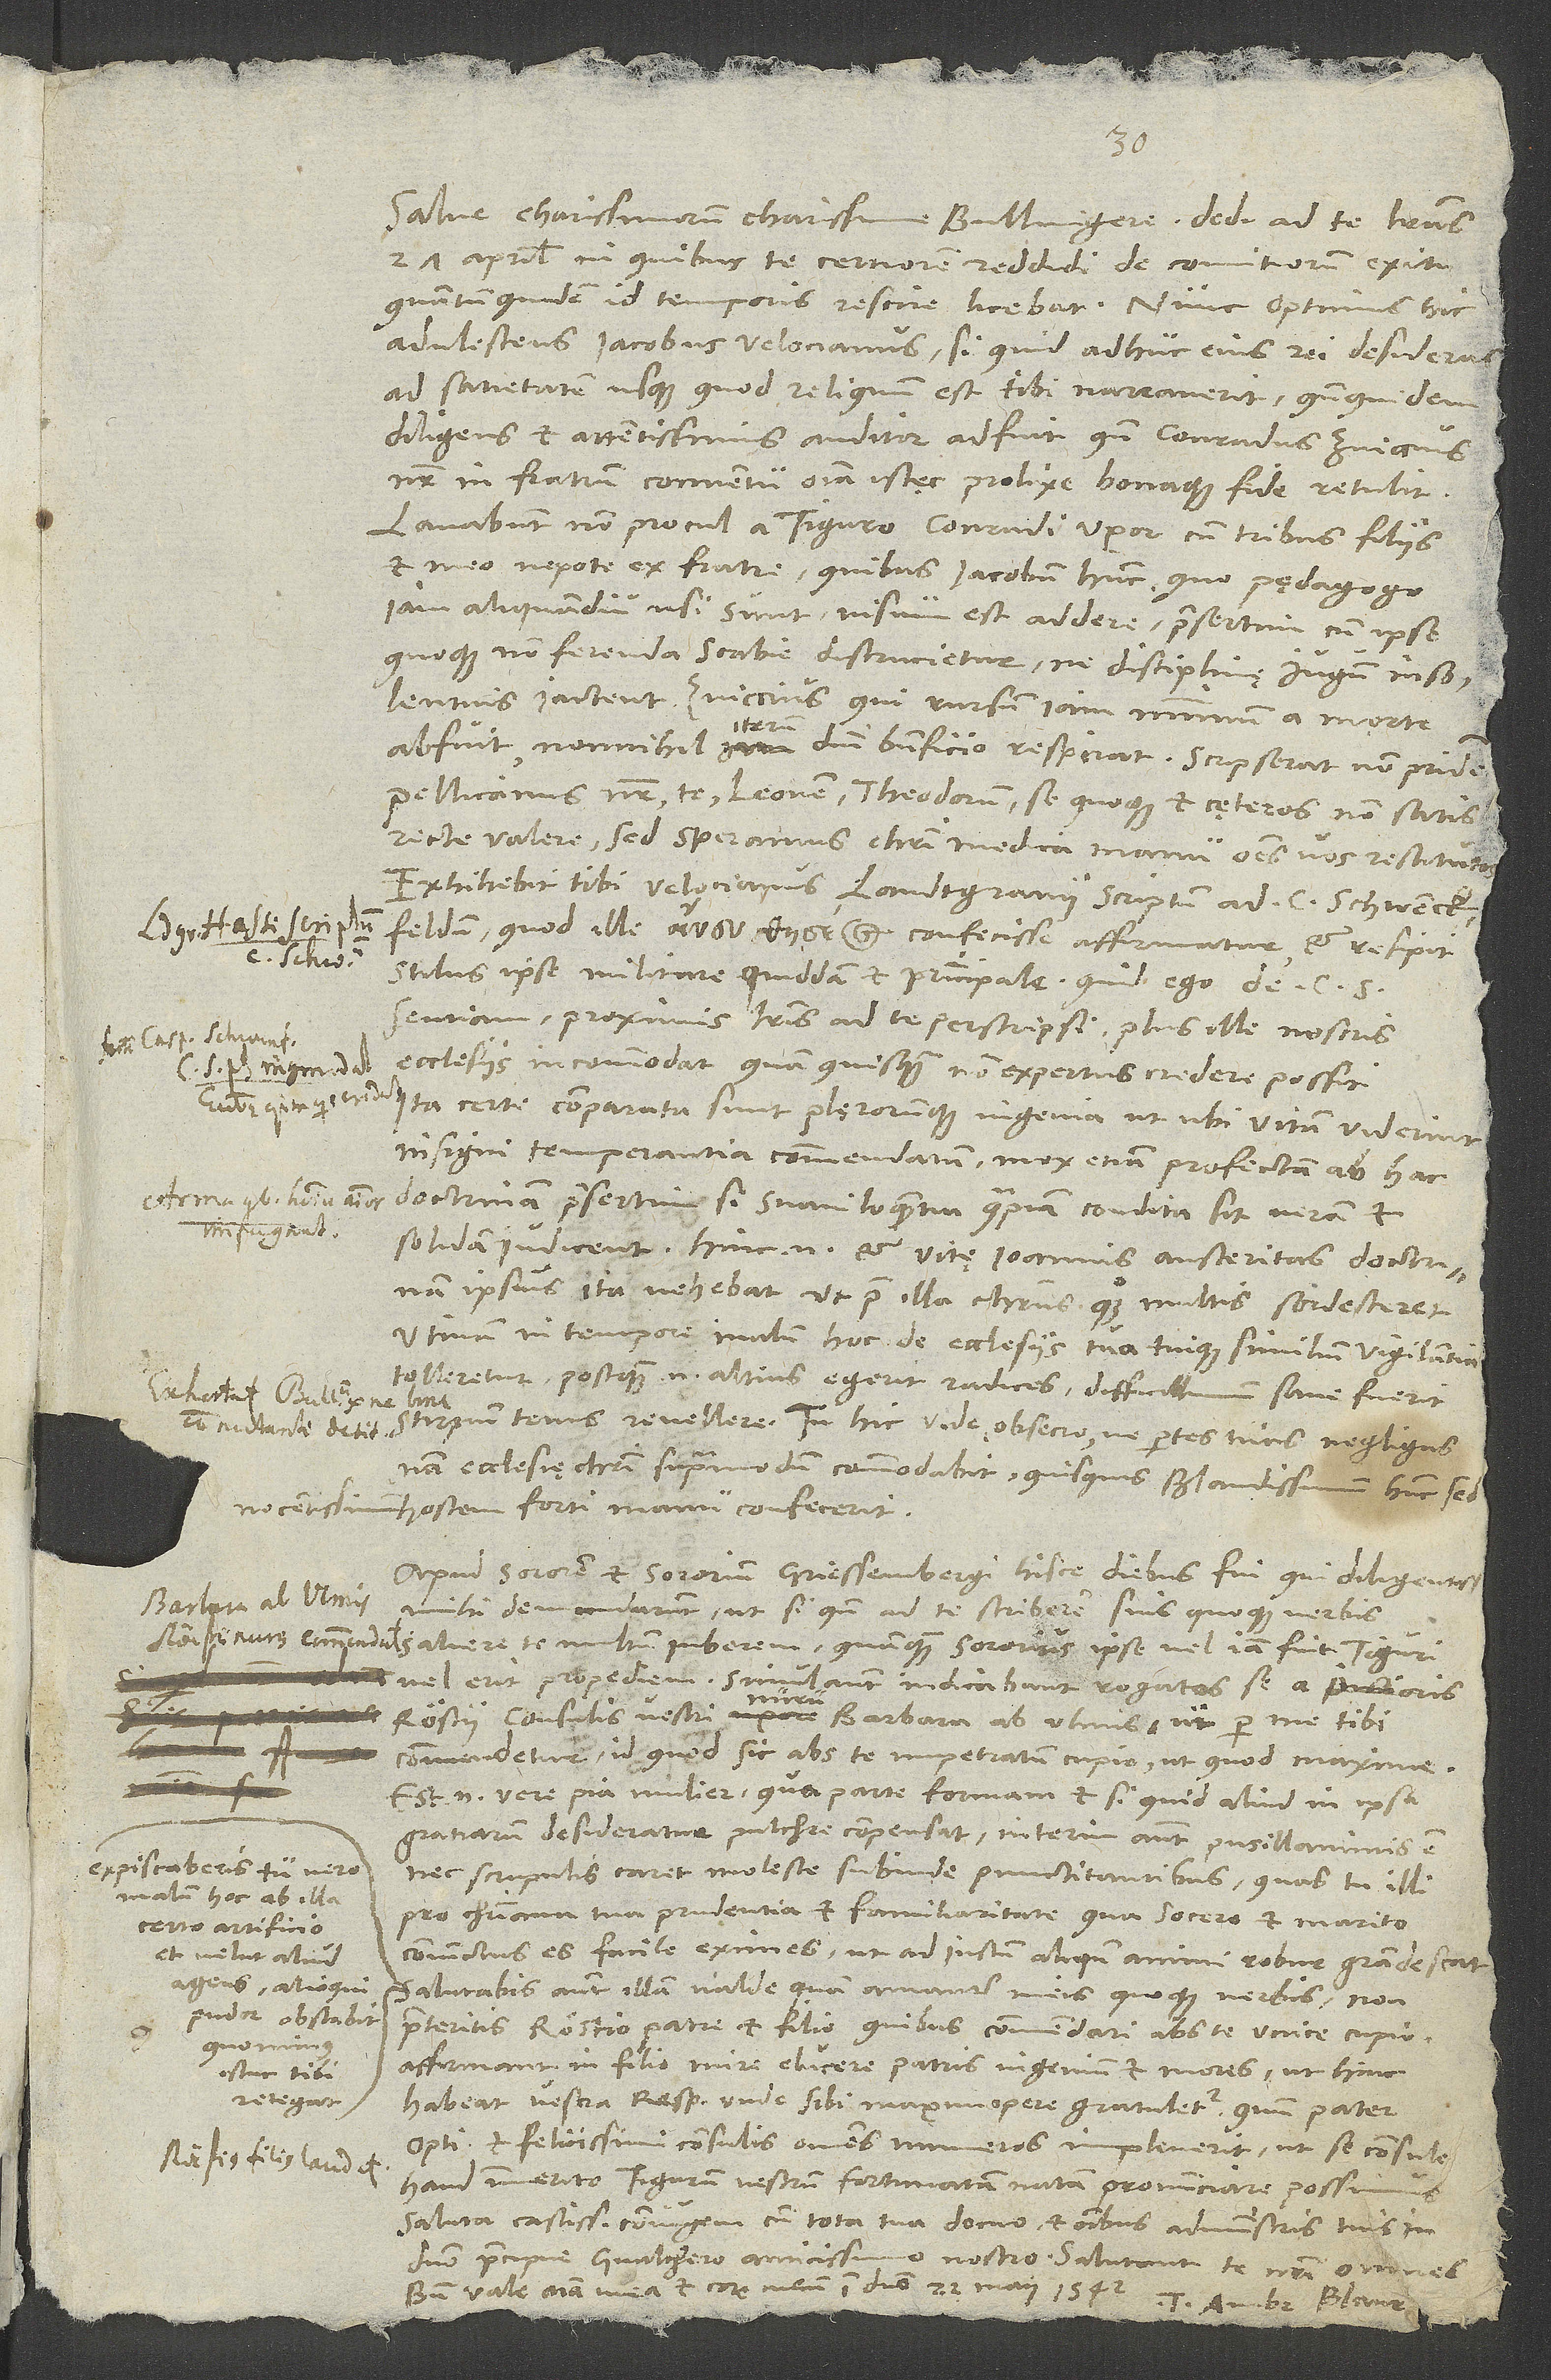
27. aprilis, in quibus te certiorem reddidi de comitiorum exitu,
quantum quidem id temporis rescire licebat. Nunc optimus hic
adulescens Iacobus Velocianus, si quid adhuc eius rei desideras,
ad satietatem usque, quod reliquum est, tibi narraverit, quandoquidem
diligens et attentissimus auditor adfuit, quum Conradus Zviccius
noster in fratrum conventu omnia istęc prolixe bonaque fide retulit.
Lavabunt non procul a Tiguro Conradi uxor cum tribus filiis
et meo nepote ex fratre, quibus Iacobum hunc, quo pędagogo
iam aliquamdiu usi sunt, visum est addere, praesertim cum ipse
quoque non ferenda scabie discrucietur, ne disciplinę iugum insolentius
abfuit, nonnihil iterum domini beneficio respirat. Scripserat non pridem
Pellicanus noster te, Leonem, Theodorum, se quoque et cęteros non satis
recte valere; sed speramus Christi medica manu omnes vos restitutos.
Exhibebit tibi Velocianus landtgravii scriptum ad C sentiam,
proximis literis ad te perscripsi. Plus ille nostris
ecclesiis incommodat, quam quisquam non expertus credere possit.
Ita certe comparata sunt plęrorumque ingenia, ut, ubi vitam viderint
insigni temperantia commendatam, mox etiam profectam ab hoc
doctrinam, praesertim si suaviloquentia quadam condita sit, veram et
solidam iudicent. Hinc enim et vitę Ioannis austeritas doctrinam
ipsius ita vehebat, ut prae illa Christus quoque multis sordesceret.
Utinam in tempore malum hoc de ecclesiis tua tuique similium vigilantia
tolleretur! Postquam enim altius egerit radices, difficillimum sane fuerit
stirpium tenus revellere. Tu hic vide, obsecro, ne partes tuas negligas;
nam ecclesię Christi supra modum commodabit, quisquis blandissimum hunc, sed
hostem forti manu confecerit.
Apud sororem et sororium Griessenbergi hisce diebus fui, qui diligentissime
mihi demandarunt, ut, si quando ad te scriberem, suis quoque verbis
salvere te multum iuberem, quamquam sororius ipse vel iam fuit Tiguri
vel erit propediem. Simul autem indicabant rogatos se a senioris
Röstii, consulis vestri, nuru Barbara ab Ulmis, ut per me tibi
commendetur, id quod sic abs te inpetratum cupio ut quod maxime;
est enim vere pia mulier, qua parte formam, et si quid aliud in ipsa
gratiarum desideratur, pulchre compensat. Interim autem pusillanimis est
Expiscaberis tu vero
nec scrupulis caret moleste subinde punctitantibus, quas tu illi
malum hoc ab illa
pro christiana tua prudentia et familiaritate, qua socero et marito
certo artificio
coniunctus es, facile eximes, ut ad iustum aliquando animi robur grandescat.
Salutabis autem illam valde quam amanter meis quoque verbis non
pudor obstabit,
praeteritis Röstio patre et filio, quibus commendari abs te unice cupio.
Affirmant in filio mire elucere patris ingenium et mores, ut hinc
retegat.
habeat vestra respublica, unde sibi maximopere gratuletur, quum pater
optimi et felicissimi consulis omnes numeros impleverit, ut se consule
haud immerito Tigurum vestrum fortunatum natum pronunciare possimus.
Saluta castissimam coniugem cum tota tua domo et omnibus administris tuis in
praecipue Gvalthero amicissimo nostro. Salutant te nostri omnes.